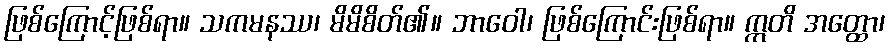
ဖြစ်ကြောင့်ဖြစ်ရာ။ သကမနဿ၊ မိမိစိတ်၏။ ဘာဝေါ၊ ဖြစ်ကြောင်းဖြစ်ရာ။ ဣတိ အတ္ထော၊